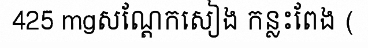
425 mgសណ្តែកសៀង កន្លះពែង (